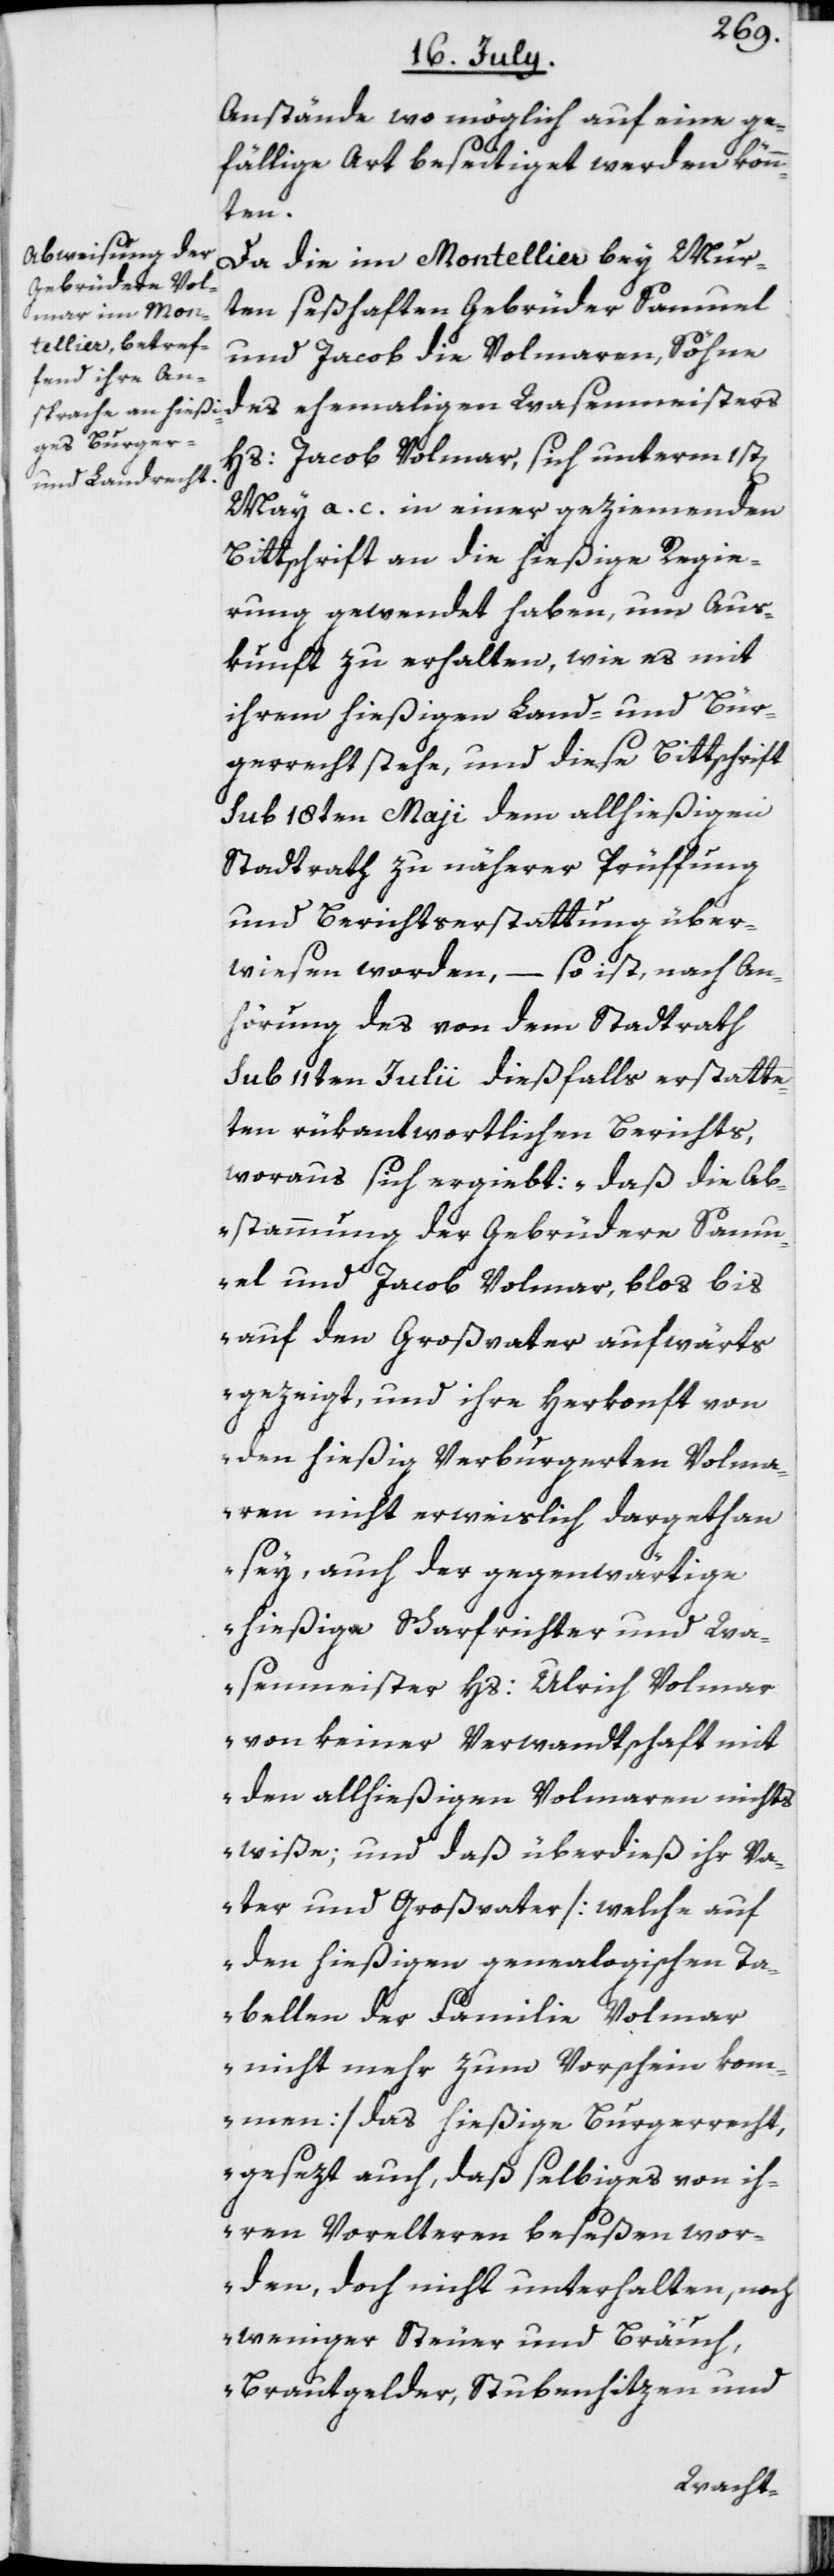
Anstände wo möglich auf eine ge¬
fällige Art beseitiget werden könn¬
ten.
Da die im Montellier bey Mur¬
ten seßhaften Gebrüder Samuel
und Jacob die Volmaren, Söhne
des ehemaligen Wasenmeisters
Hs: Jacob Volmar, sich unterm 1st[en]
May a. c. in einer geziemenden
Bittschrift an die hießige Regie¬
rung gewendet haben, um Aus¬
kunft zu erhalten, wie es mit
ihrem hießigen Land- und Bür¬
gerrecht stehe, und diese Bittschrift
sub 18ten Maii dem allhießigen
Stadtrath zu näherer Prüffung
und Berichtserstattung über¬
wiesen worden, – so ist, nach An¬
hörung des von dem Stadtrath
sub 11ten Julii dießfalls erstatte¬
ten rükantwortlichen Berichts,
woraus sich ergiebt: „daß die Ab¬
stammung der Gebrüdere Samu¬
el und Jacob Volmar, blos bis
auf den Großvater aufwärts
gezeigt, und ihre Herkonft von
den hießig Verburgerten Volma¬
ren nicht erweislich dargethan
sey, auch der gegenwärtige
hießige Scharfrichter und Wa¬
senmeister Hs: Ulrich Volmar
von keiner Verwandtschaft mit
den allhießigen Volmaren nichts
wiße; und daß überdieß ihr Va¬
ter und Großvater [welche auf
den hießigen genealogischen Ta¬
bellen der Familie Volmar
nicht mehr zum Vorschein kom¬
men] das hießige Burgerrecht,
gesezt auch, daß selbiges von ih¬
ren Vorelteren beseßen wor¬
den, doch nicht unterhalten, noch
weniger Steuer und Bräuch,
Brautgelder, Stubenhitzen und